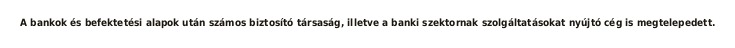
A bankok és befektetési alapok után számos biztosító társaság, illetve a banki szektornak szolgáltatásokat nyújtó cég is megtelepedett.